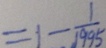
= 1 - \frac { 1 } { 1 9 9 5 }